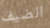
الضيف